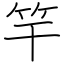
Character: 竿